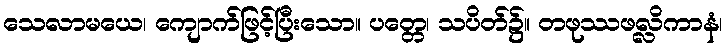
သေလာမယေ၊ ကျောက်ဖြင့်ပြီးသော။ ပတ္တေ၊ သပိတ်၌။ တဖုဿဖလ္လိကာနံ၊